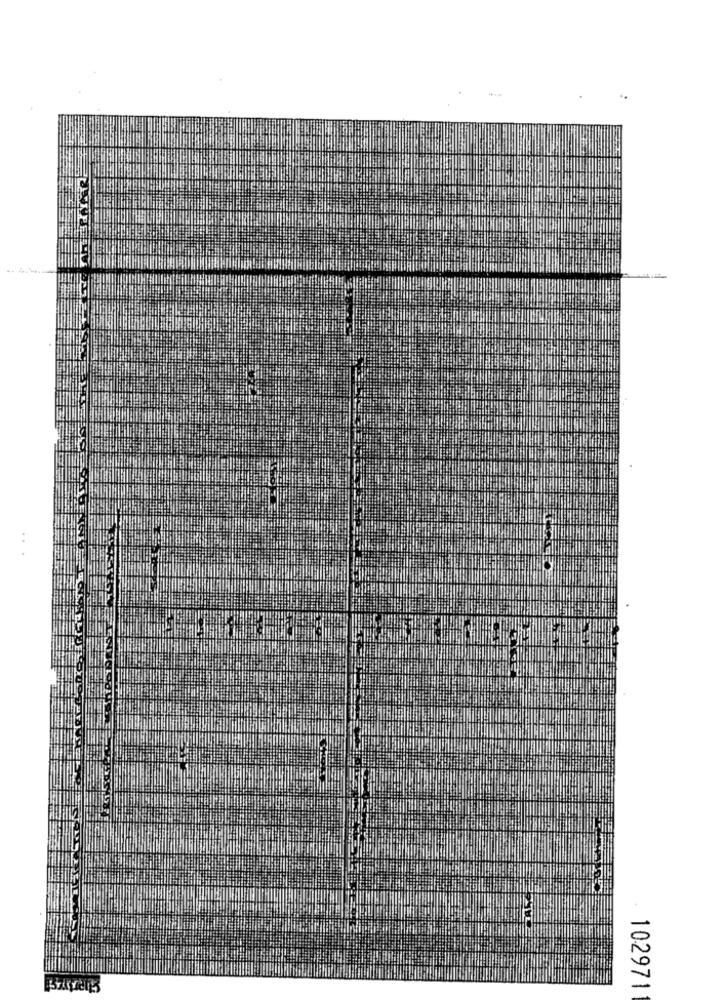
102971